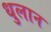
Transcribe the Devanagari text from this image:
धुलान